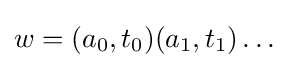
w=(a_{0},t_{0})(a_{1},t_{1})\dots